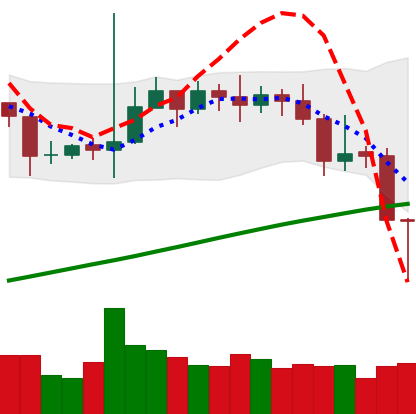
Ticker: TRX-USD
Chart end date: 2020-11-03
Forward return: 3.887%
Label: up_3_5